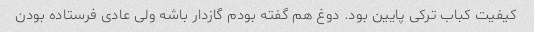
کیفیت کباب ترکی پایین بود. دوغ هم گفته بودم گازدار باشه ولی عادی فرستاده بودن